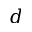
d